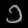
Digit: ၁